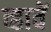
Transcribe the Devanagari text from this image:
व्हावें